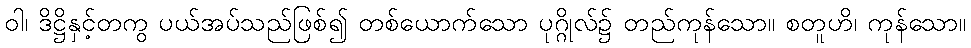
ဝါ၊ ဒိဋ္ဌိနှင့်တကွ ပယ်အပ်သည်ဖြစ်၍ တစ်ယောက်သော ပုဂ္ဂိုလ်၌ တည်ကုန်သော။ စတူဟိ၊ ကုန်သော။